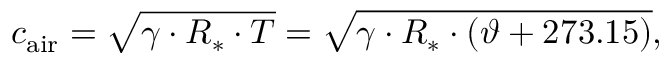
c _ { \mathrm { a i r } } = { \sqrt { \gamma \cdot R _ { * } \cdot T } } = { \sqrt { \gamma \cdot R _ { * } \cdot ( \vartheta + 2 7 3 . 1 5 ) } } ,